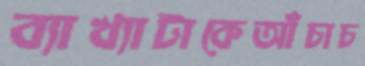
ব্যাখ্যাটাকেআঁচাচ